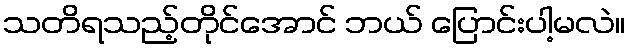
သတိရသည့်တိုင်အောင် ဘယ် ပြောင်းပါ့မလဲ။